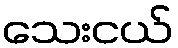
သေးငယ်